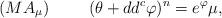
LaTeX: \begin{align*}(MA_\mu) \hskip1cm (\theta+dd^c\varphi)^n=e^{\varphi}\mu,\end{align*}